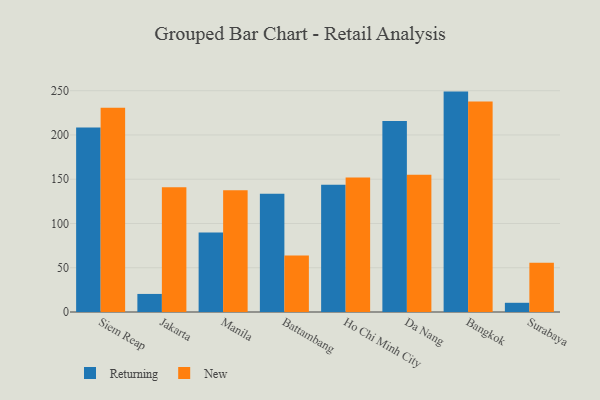
{"axis": {"x": "City", "y": "Operating Costs (USD K)"}, "legend": ["New", "Returning"], "data": [{"x": "Siem Reap", "y": 208.5, "type": "Returning"}, {"x": "Siem Reap", "y": 230.8, "type": "New"}, {"x": "Jakarta", "y": 20.4, "type": "Returning"}, {"x": "Jakarta", "y": 140.8, "type": "New"}, {"x": "Manila", "y": 89.9, "type": "Returning"}, {"x": "Manila", "y": 137.6, "type": "New"}, {"x": "Battambang", "y": 133.6, "type": "Returning"}, {"x": "Battambang", "y": 63.8, "type": "New"}, {"x": "Ho Chi Minh City", "y": 143.8, "type": "Returning"}, {"x": "Ho Chi Minh City", "y": 151.9, "type": "New"}, {"x": "Da Nang", "y": 215.9, "type": "Returning"}, {"x": "Da Nang", "y": 155.2, "type": "New"}, {"x": "Bangkok", "y": 249.0, "type": "Returning"}, {"x": "Bangkok", "y": 237.9, "type": "New"}, {"x": "Surabaya", "y": 10.4, "type": "Returning"}, {"x": "Surabaya", "y": 55.7, "type": "New"}]}